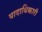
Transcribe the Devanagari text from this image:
पादाधिकारी